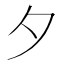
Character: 夕